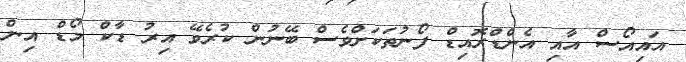
އައިއޯސް އާއި އެންޑްރޮއިޑް ފޯނުތަކަށްވެސް ބޭނުން ކުރެވޭ އިރު ޑާކް މޯޑް އިން